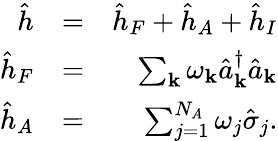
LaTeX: \begin{array}{rlr}{\hat{h}}&{=}&{\hat{h}_{F}+\hat{h}_{A}+\hat{h}_{I}}\\ {\hat{h}_{F}}&{=}&{\sum_{{\mathbf k}}\omega_{{\mathbf k}}\hat{a}_{{\mathbf k}}^{\dagger}\hat{a}_{{\mathbf k}}}\\ {\hat{h}_{A}}&{=}&{\sum_{j=1}^{N_{A}}\omega_{j}\hat{\sigma}_{j}.}\end{array}